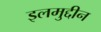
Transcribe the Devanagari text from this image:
इलमुद्दीन